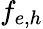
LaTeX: f_{e,h}